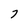
Character: 7